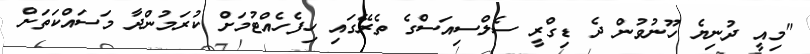
"މިއީ ދުނިޔެ ހޫނުވުން ދެ ޑިގްރީ ސެލްސިއަސްގެ ތެރޭގައި ހިފެހެއްޓުމަށް ކުރަމުންދާ މަސައްކަތަށް